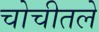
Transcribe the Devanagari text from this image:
चोचीतले